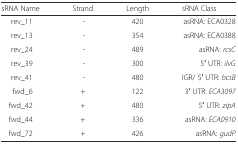
| sRNA Name | Strand | Length | sRNA Class |
 | --- | --- | --- | --- |
 | rev_11 | - | 420 | asRNA: ECA0328 |
 | rev_13 | - | 354 | asRNA: ECA0388 |
 | rev_24 | - | 489 | asRNA: rcsC |
 | rev_39 | - | 300 | 5′ UTR: ilvG |
 | rev_41 | - | 480 | IGR/ 5′ UTR: bcsB |
 | fwd_6 | + | 122 | 3′ UTR: ECA3097 |
 | fwd_42 | + | 480 | 5′ UTR: zipA |
 | fwd_44 | + | 336 | asRNA: ECA0910 |
 | fwd_72 | + | 426 | asRNA: gudP |